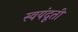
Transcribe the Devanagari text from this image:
स्वयंदूती